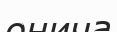
онича